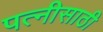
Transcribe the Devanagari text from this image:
पत्नीसाठी